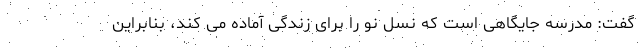
گفت: مدرسه جایگاهی است که نسل نو را برای زندگی آماده‌ می کند، بنابراین